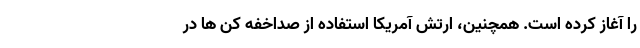
را آغاز کرده است. همچنین، ارتش آمریکا استفاده از صداخفه کن ها در